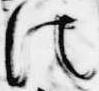
法